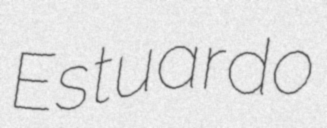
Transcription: Estuardo